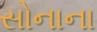
સોનાના